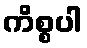
ကိစ္စပါ